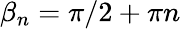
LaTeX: \beta_{n}=\pi/2+\pi n